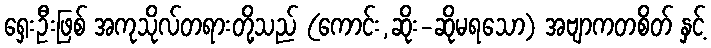
ရှေးဦးဖြစ် အကုသိုလ်တရားတို့သည် (ကောင်း,ဆိုး-ဆိုမရသော) အဗျာကတစိတ် နှင့်